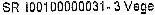
SR I00100000031-3 VEGE